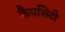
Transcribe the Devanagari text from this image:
कैपसिटी